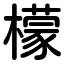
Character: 檬